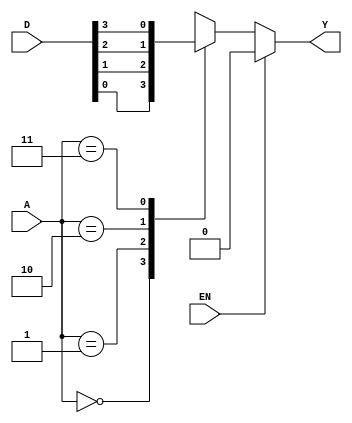
module Choice(EN,A,Y,D);
input [1:0]A;
input [3:0]D;
input EN;
output reg Y;
always @(*)
begin
	if (EN==1)
		Y=0;
	else
		case(A)
			2'b00:Y=D[0];
			2'b01:Y=D[1];
			2'b10:Y=D[2];
			2'b11:Y=D[3];
		endcase
	end
endmodule